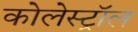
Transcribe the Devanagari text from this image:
कोलेस्‍ट्रॉल